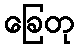
ခြေတု